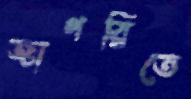
জাগরিতে